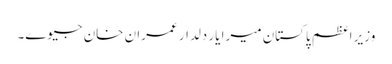
وزیر اعظم پاکستان میرا یار دلدار عمران خان جیوے۔